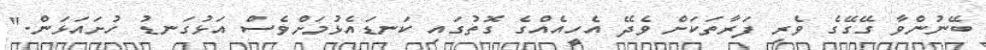
ބޭނުންވާ ގޭގޭގެ ވެރި ފަރާތަކަށް ވެދޭ އެހީއެއްގެ ގޮތުގައި ކަނޑައެޅުމަށްވެސް އަޅުގަނޑު ހުށައަޅަން."